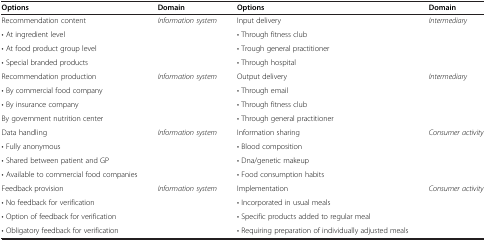
| Options | Domain | Options | Domain |
 | --- | --- | --- | --- |
 | Recommendation content | Information system | Input delivery | Intermediary |
 | • At ingredient level |  | • Through fitness club |  |
 | • At food product group level |  | • Trough general practitioner | <ROWSPAN=2>  |
 | • Special branded products |  | • Through hospital |
 | Recommendation production | Information system | Output delivery | Intermediary |
 | • By commercial food company |  | • Through email |  |
 | • By insurance company |  | • Through fitness club |  |
 | By government nutrition center |  | • Through general practitioner |  |
 | Data handling | Information system | Information sharing | Consumer activity |
 | • Fully anonymous |  | • Blood composition |  |
 | • Shared between patient and GP |  | • Dna/genetic makeup |  |
 | • Available to commercial food companies |  | • Food consumption habits |  |
 | Feedback provision | Information system | Implementation | Consumer activity |
 | • No feedback for verification |  | • Incorporated in usual meals |  |
 | • Option of feedback for verification |  | • Specific products added to regular meal |  |
 | • Obligatory feedback for verification |  | • Requiring preparation of individually adjusted meals |  |